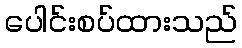
ပေါင်းစပ်ထားသည်